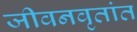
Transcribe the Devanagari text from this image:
जीवनवृतांत